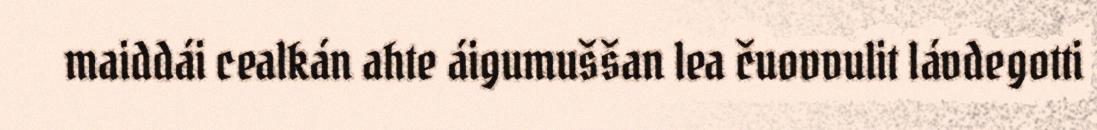
maiddái cealkán ahte áigumuššan lea čuovvulit lávdegotti